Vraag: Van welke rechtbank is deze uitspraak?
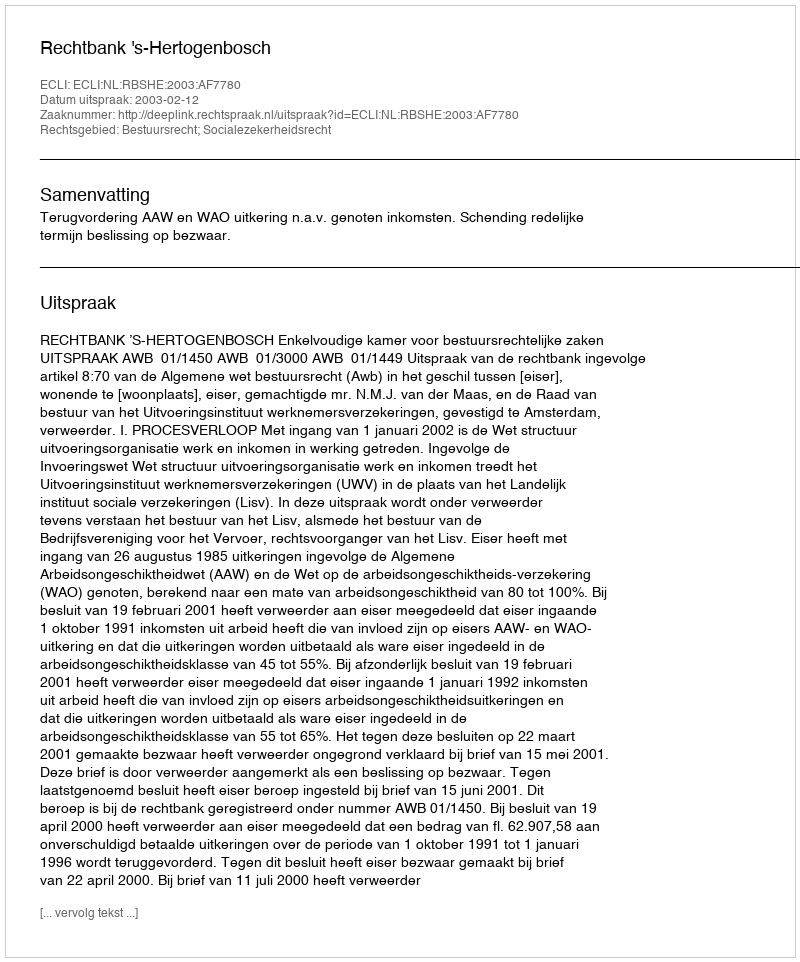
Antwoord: Rechtbank 's-Hertogenbosch